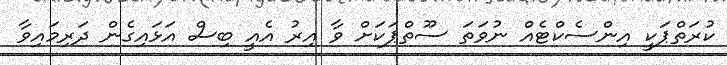
ކުރަތްޕަކީ އިންސެކްޓެއް ނުވަތަ ސޫތްޕަކަށް ވާ އިރު އެއީ ބިސް އަޅައިގެން ދަރިމައިވާ